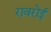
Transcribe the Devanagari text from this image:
रावरोई